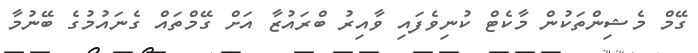
ގޭމް މެޝިންތަކުން މާކެޓް ކުނިވެފައި ވާއިރު ބްރައުޒާ އަށް ގޭމްތައް ގެނައުމުގެ ބޭނުމާ